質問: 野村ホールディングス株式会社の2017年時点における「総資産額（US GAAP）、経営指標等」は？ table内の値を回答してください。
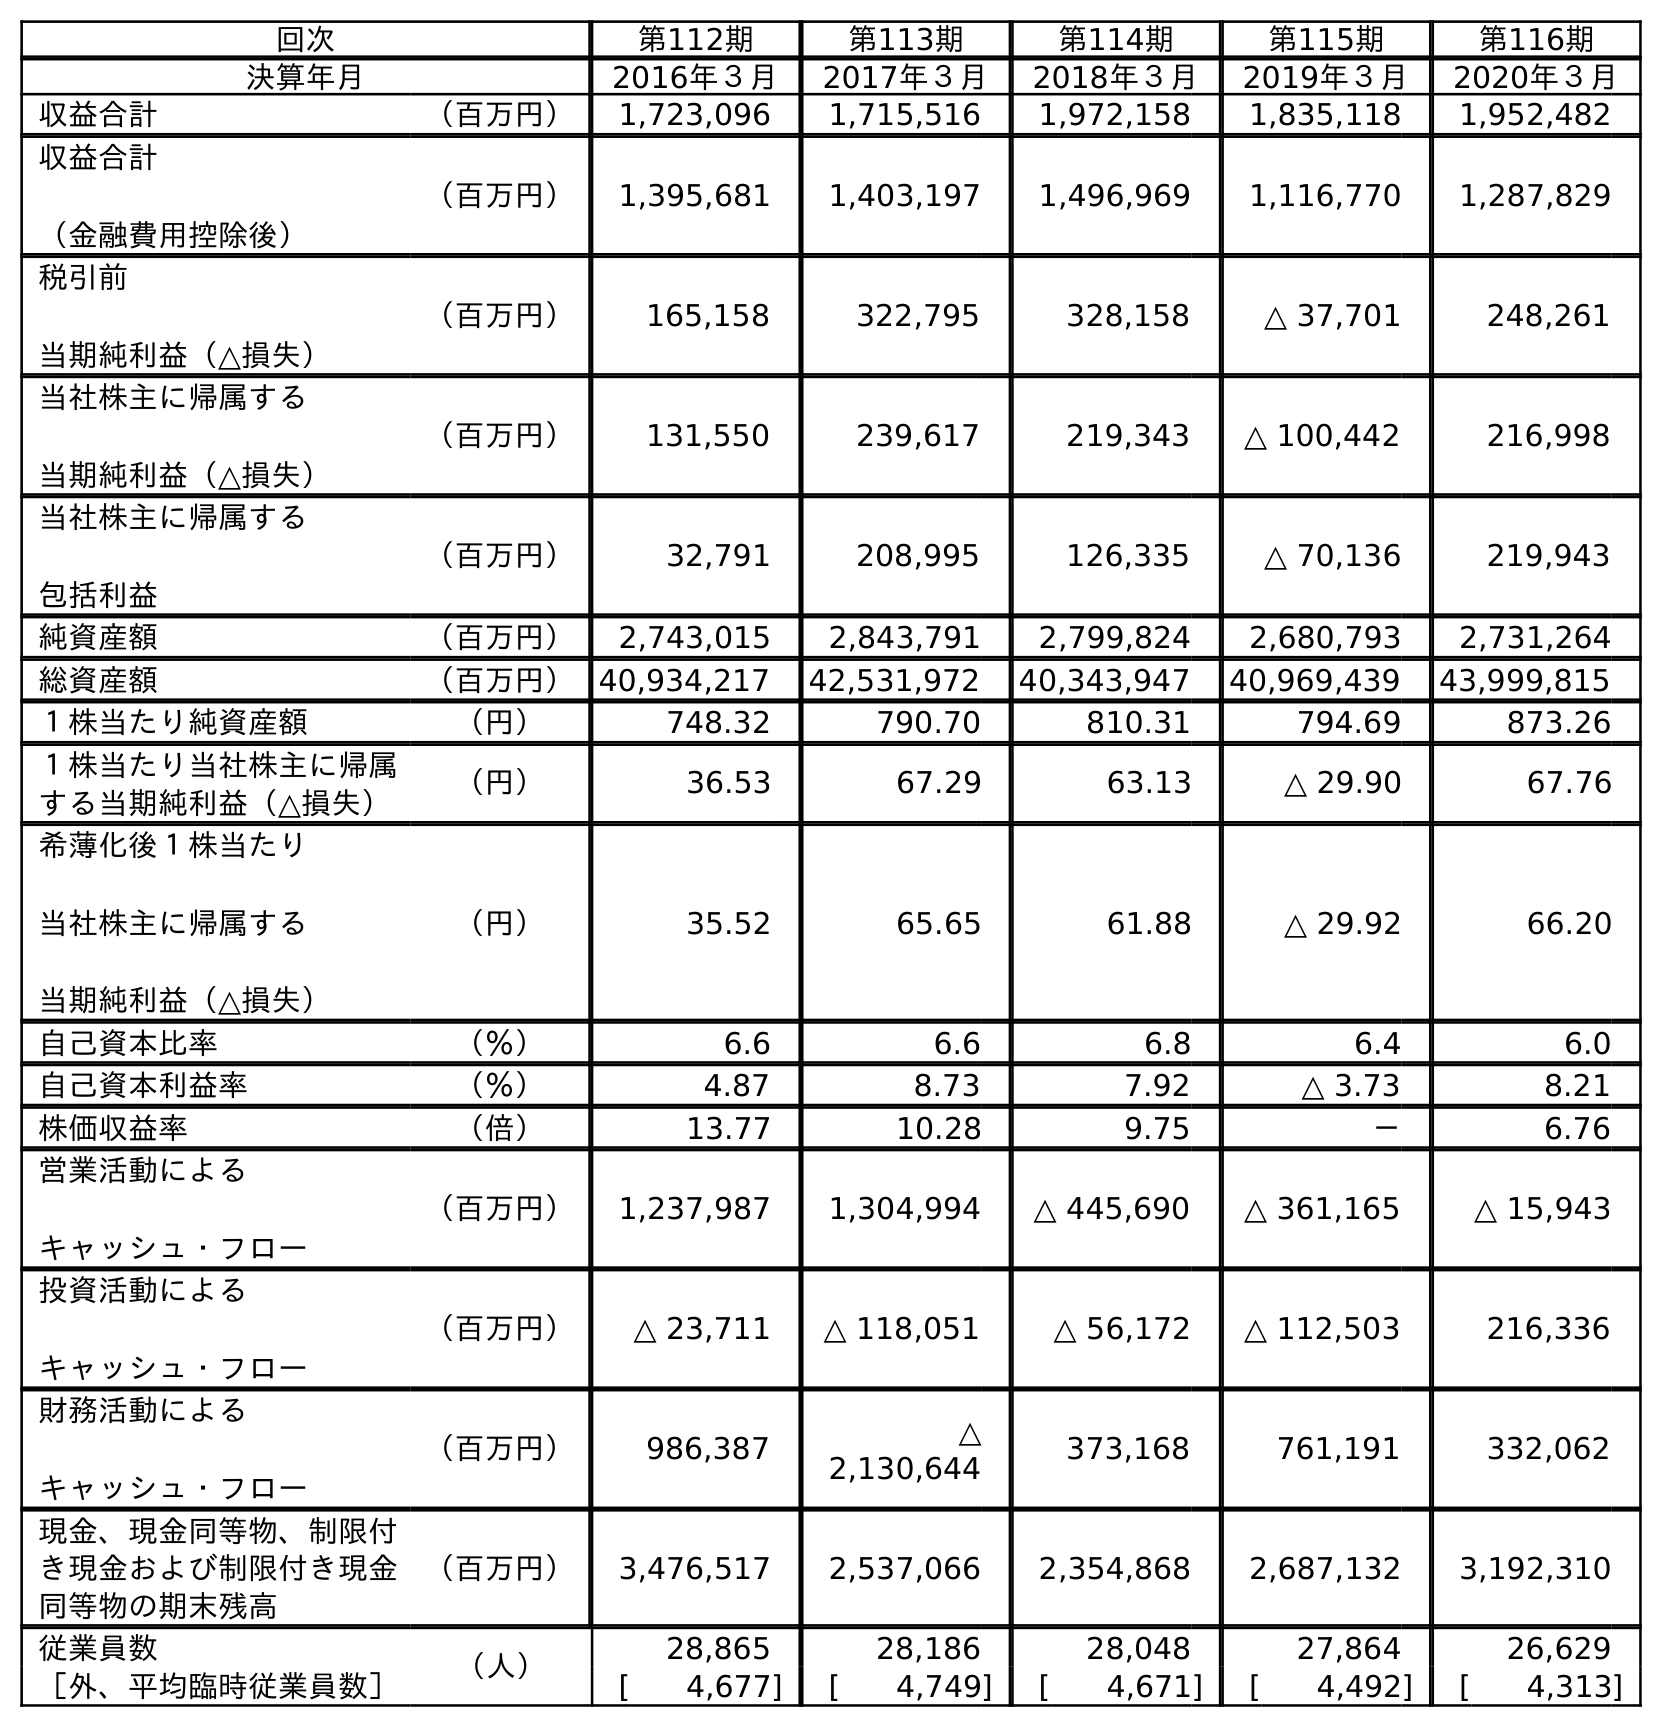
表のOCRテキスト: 回次 第112期 第113期 第114期 第115期 第116期 決算年月 2016年３月 2017年３月 2018年３月 2019年３月 2020年３月 収益合計 （百万円） 1,723,096 1,715,516 1,972,158 1,835,118 1,952,482 収益合計 （金融費用控除後） （百万円） 1,395,681 1,403,197 1,496,969 1,116,770 1,287,829 税引前 当期純利益（△損失） （百万円） 165,158 322,795 328,158 △ 37,701 248,261 当社株主に帰属する 当期純利益（△損失） （百万円） 131,550 239,617 219,343 △ 100,442 216,998 当社株主に帰属する 包括利益 （百万円） 32,791 208,995 126,335 △ 70,136 219,943 純資産額 （百万円） 2,743,015 2,843,791 2,799,824 2,680,793 2,731,264 総資産額 （百万円）40,934,217 42,531,972 40,343,947 40,969,439 43,999,815 １株当たり純資産額 （円） 748.32 790.70 810.31 794.69 873.26 １株当たり当社株主に帰属 する当期純利益（△損失） （円） 36.53 67.29 63.13 △ 29.90 67.76 希薄化後１株当たり 当社株主に帰属する 当期純利益（△損失） （円） 35.52 65.65 61.88 △ 29.92 66.20 自己資本比率 （％） 6.6 6.6 6.8 6.4 6.0 自己資本利益率 （％） 4.87 8.73 7.92 △ 3.73 8.21 株価収益率 （倍） 13.77 10.28 9.75 － 6.76 営業活動による キャッシュ・フロー （百万円） 1,237,987 1,304,994 △ 445,690 △ 361,165 △ 15,943 投資活動による キャッシュ・フロー （百万円） △ 23,711 △ 118,051 △ 56,172 △ 112,503 216,336 財務活動による キャッシュ・フロー （百万円） 986,387 △ 2,130,644 373,168 761,191 332,062 現金、現金同等物、制限付 き現金および制限付き現金 同等物の期末残高 （百万円） 3,476,517 2,537,066 2,354,868 2,687,132 3,192,310 従業員数 （人） 28,865 28,186 28,048 27,864 26,629 ［外、平均臨時従業員数］ [ 4,677] [ 4,749] [ 4,671] [ 4,492] [ 4,313]
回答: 42,531,972